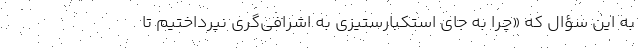
به این سؤال که «چرا به جای استکبارستیزی به اشرافی‌گری نپرداختیم تا